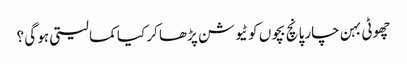
چھوٹی بہن چار پانچ بچوں کو ٹیوشن پڑھا کر کیا کما لیتی ہو گی ؟